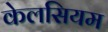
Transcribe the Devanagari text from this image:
केलसियम